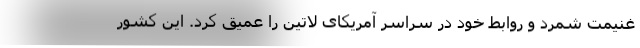
غنیمت شمرد و روابط خود در سراسر آمریکای لاتین را عمیق کرد. این کشور